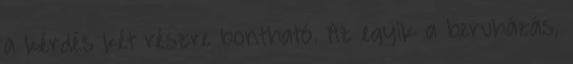
a kérdés két részre bontható. Az egyik a beruházás,